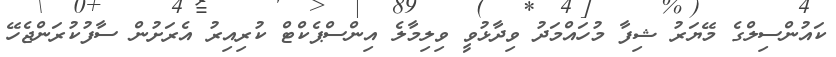
ކައުންސިލްގެ މޭޔަރު ޝިފާ މުހައްމަދު ވިދާޅުވީ ވިލިމާލެ އިންސްޕެކްޓް ކުރިއިރު އެރަށުން ސާފުކުރަންޖެހޭ